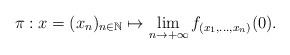
LaTeX: \begin{align*} \pi:x=(x_n)_{n\in\mathbb{N}}\mapsto \lim_{n\to +\infty} f_{(x_1 ,...,x_n )}(0).\end{align*}